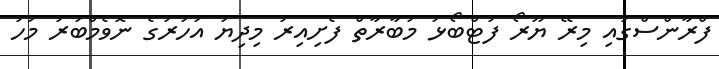
ފްރާންސްގައި މިރޭ ޔޫރޯ ފުޓްބޯޅަ މުބާރާތް ފެށިއިރު މިދިޔަ އަހަރުގެ ނޮވެމްބަރު މަހު